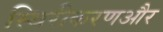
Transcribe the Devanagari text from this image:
स्थिरीकरणऔर